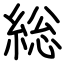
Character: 総